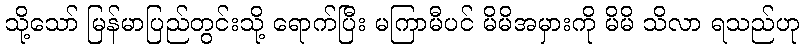
သို့သော် မြန်မာပြည်တွင်းသို့ ရောက်ပြီး မကြာမီပင် မိမိအမှားကို မိမိ သိလာ ရသည်ဟု